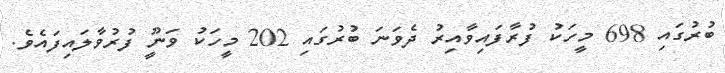
ބުރުގައި 698 މީހަކު ފުރާފައިވާއިރު ދެވަނަ ބުރުގައި 202 މީހަކު ވަނީޫ ފުރުވާލައިފައެވެ.